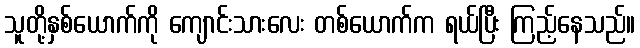
သူတို့နှစ်ယောက်ကို ကျောင်းသားလေး တစ်ယောက်က ရယ်ပြီး ကြည့်နေသည်။